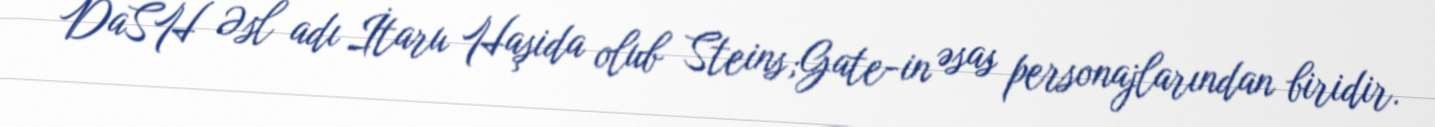
DaSH Əsl adı İtaru Haşida olub Steins;Gate-in əsas personajlarından biridir.